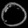
Digit: ၀